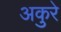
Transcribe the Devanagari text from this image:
अकुरे